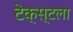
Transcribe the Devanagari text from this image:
टेक्स्टला